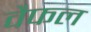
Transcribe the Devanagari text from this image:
वैफल